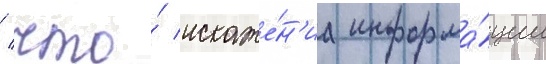
/ что́ искаже́н'иа информа́ции